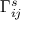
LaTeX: \Gamma _ { i j } ^ { s }